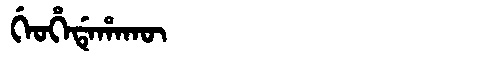
Manchu: ᡤᡝᠣᡥᡝᡩᡝᡥᠠᡴᡡ
Romanization: GEOHEDEHAKŪ